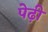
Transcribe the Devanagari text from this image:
पेढ़ी